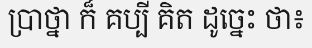
ប្រាថ្នា ក៏ គប្បី គិត ដូច្នេះ ថា៖